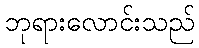
ဘုရားလောင်းသည်